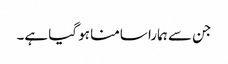
جن سے ہمارا سامنا ہو گیا ہے۔